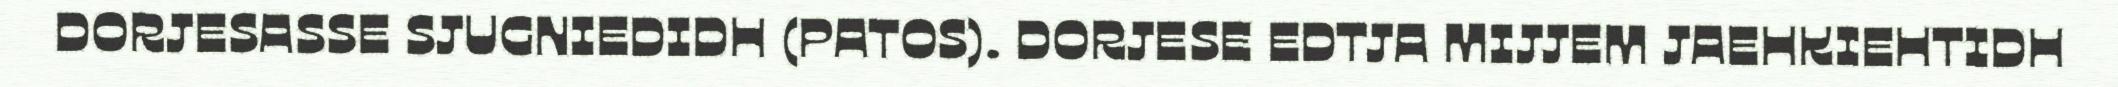
DORJESASSE SJUGNIEDIDH (PATOS). DORJESE EDTJA MIJJEM JAEHKIEHTIDH